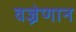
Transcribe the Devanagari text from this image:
वज्रेणान